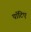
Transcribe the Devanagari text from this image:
पॉटिए